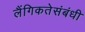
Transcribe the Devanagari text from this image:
लैंगिकतेसंबंधी